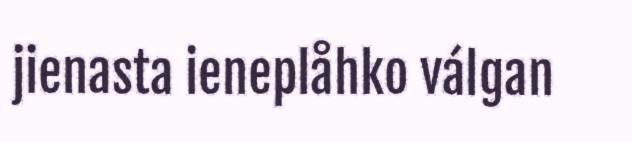
jienasta ieneplåhko válgan